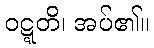
ဝဋ္ဋတိ၊ အပ်၏။